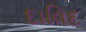
દાવિદ